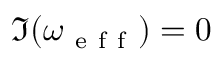
\Im ( \omega _ { \mathrm { ~ e ~ f ~ f ~ } } ) = 0